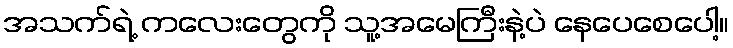
အသက်ရဲ့ ကလေးတွေကို သူ့အမေကြီးနဲ့ပဲ နေပေစေပေါ့။